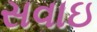
સવાઇ